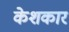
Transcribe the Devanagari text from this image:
केशकार